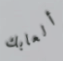
ألعابك